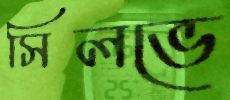
সিলভে